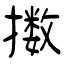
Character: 擞